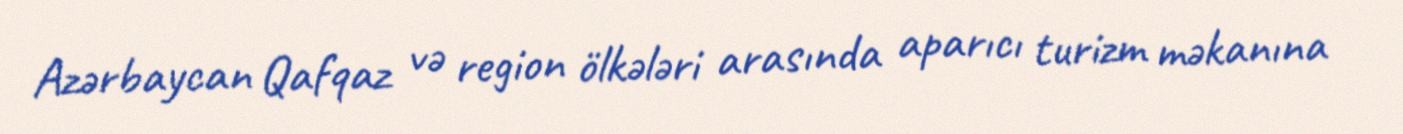
Azərbaycan Qafqaz və region ölkələri arasında aparıcı turizm məkanına